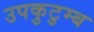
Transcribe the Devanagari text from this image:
उपकुटुम्ब